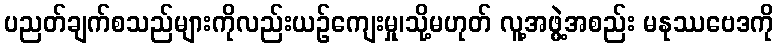
ပညတ်ချက်စသည်များကိုလည်းယဉ်ကျေးမှု၊သို့မဟုတ် လူ့အဖွဲ့အစည်း မနုဿဗေဒကို